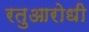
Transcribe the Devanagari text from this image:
रतुआरोधी